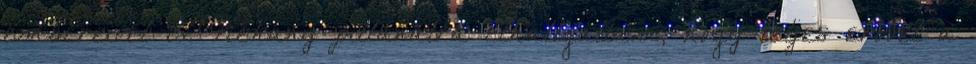
embereivel is. Néhány pillanatra elhallgattam, hogy teljes erővel a